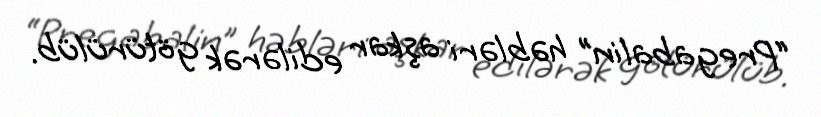
“Pregabalin” həbləri aşkar edilərək götürülüb.